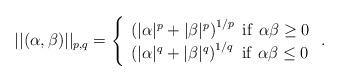
LaTeX: \begin{align*} ||(\alpha,\beta)||_{p,q} = \left\{\begin{array}{ll} \left(|\alpha|^p+|\beta|^p\right)^{1/p} \ \mathrm{if} \ \alpha\beta \geq 0 \\ \left(|\alpha|^q + |\beta|^q\right)^{1/q} \ \mathrm{if} \ \alpha\beta \leq 0 \end{array}\right. .\end{align*}